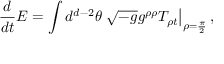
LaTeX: { \frac { d } { d t } } E = \int d ^ { d - 2 } \theta \left. \sqrt { - g } g ^ { \rho \rho } T _ { \rho t } \right| _ { \rho = { \frac { \pi } { 2 } } } ,